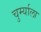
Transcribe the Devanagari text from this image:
चुर्म्याला